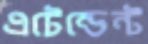
এটেন্ডেন্ট